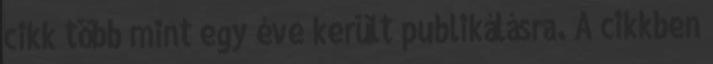
cikk több mint egy éve került publikálásra. A cikkben